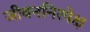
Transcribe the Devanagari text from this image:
जीवननिरपेक्ष